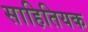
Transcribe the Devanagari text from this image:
साहितियक